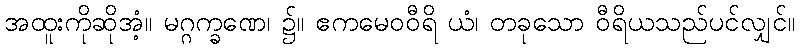
အထူးကိုဆိုအံ့။ မဂ္ဂက္ခဏေ၊ ၌။ ဧကမေဝဝီရိ ယံ၊ တခုသော ဝီရိယသည်ပင်လျှင်။